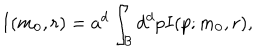
I ( m _ { 0 } , r ) = a ^ { d } \int _ { \cal B } d ^ { d } p I ( p ; m _ { 0 } , r ) ,